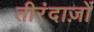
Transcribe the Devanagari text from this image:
तीरंदाज़ों